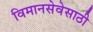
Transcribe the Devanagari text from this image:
विमानसेवेसाठी